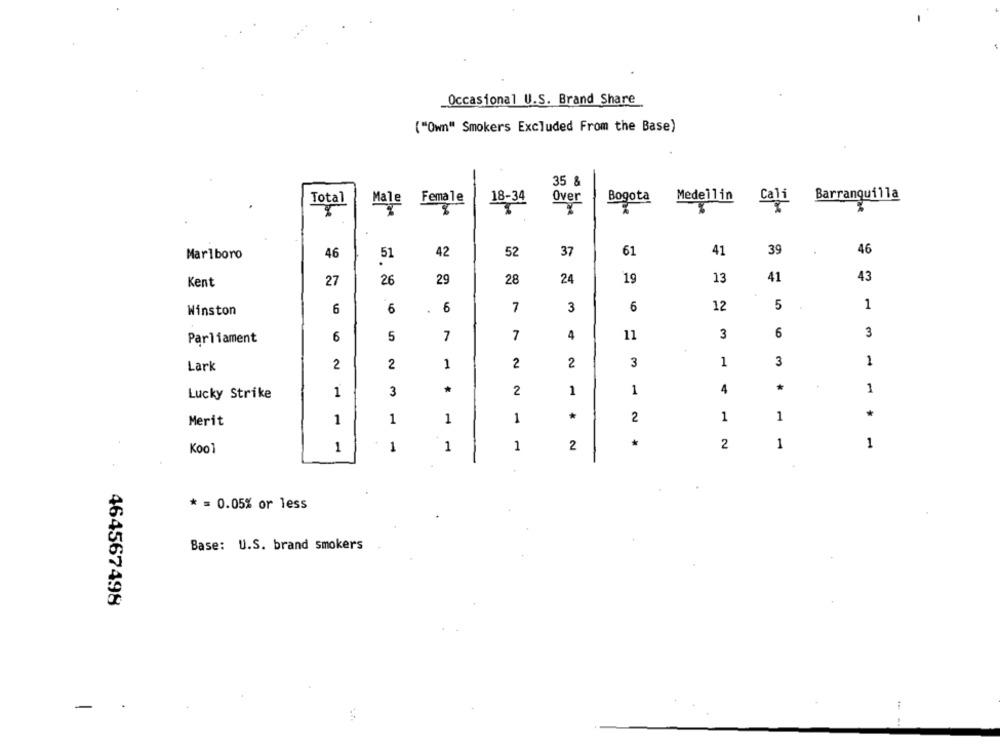
Occasional U.S. Brand Share
("Own" Smokers Excluded From the Base)
35 &
Total
Male Female
18-34
Over
Bogota
Medellin
Barranquilla
Marlboro
46
51
42
52
37
61
41
39
46
19
13
41
43
Kent
27
26
29
28
24
7
3
6
12
5
1
Winston
6
6
6
6
5
7
7
4
11
3
6
3
Parliament
1
Lark
2
2
1
2
2
3
1
3
*
2
1
1
4
1
Lucky Strike
1
3
1
1
1
1
*
2
1
1
*
Merit
Kool
1
1
1
1
2
2
1
1
* = 0.05% or less
Base: U.S. brand smokers
464567498
-